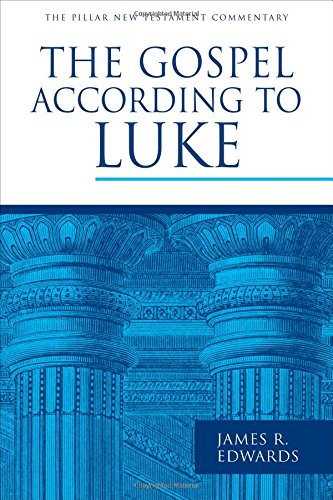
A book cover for The Gospel according to Luke (Pillar New Testament Commentary (PNTC)); James R. Edwards; Christian Books & Bibles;